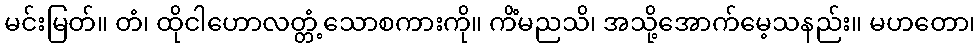
မင်းမြတ်။ တံ၊ ထိုငါဟောလတ္တံ့သောစကားကို။ ကိံမညသိ၊ အသို့အောက်မေ့သနည်း။ မဟတော၊